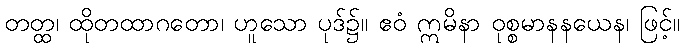
တတ္ထ၊ ထိုတထာဂတော၊ ဟူသော ပုဒ်၌။ ဧဝံ ဣမိနာ ဝုစ္စမာနနယေန၊ ဖြင့်။